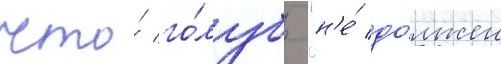
что́ го́лубь "н'е́ до́лжен